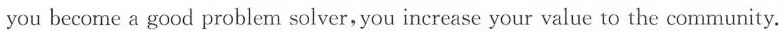
you become a good problem solver, you increase your value to the community.